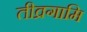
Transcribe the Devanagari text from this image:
तीव्रगामि